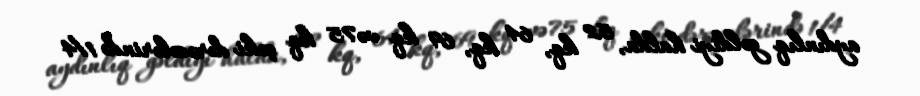
aydınlıq gəldiyi halda, 52 kq, 64 kq, 69 kq və 75 kq çəki dərəcələrində 1/4